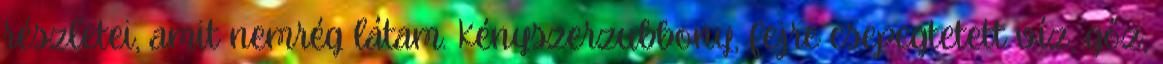
részletei, amit nemrég látam. Kényszerzubbony, fejre csepegtetett víz, gőz,